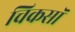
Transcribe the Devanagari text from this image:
चिकसॉ